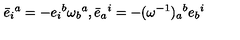
\bar { e } _ { i } { } ^ { a } = - e _ { i } { } ^ { b } \omega _ { b } { } ^ { a } , \bar { e } _ { a } { } ^ { i } = - ( \omega ^ { - 1 } ) _ { a } { } ^ { b } e _ { b } { } ^ { i }